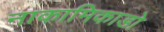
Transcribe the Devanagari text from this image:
नाकामिकाडो